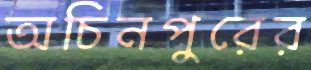
অচিনপুরের